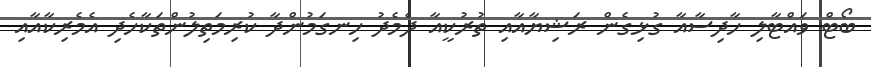
ބޯޓް ވައްޓާލި ހާދިސާއާ ގުޅިގެން ރަޝިޔާއާއި ތުރުކީއާ ދެމެދު ހިނގަމުންދާ ކުރިމަތިލުންތަކާހެދި އެމެރިކާއާއި